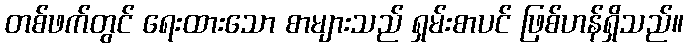
တစ်ဖက်တွင် ရေးထားသော စာများသည် ရှမ်းစာပင် ဖြစ်ဟန်ရှိသည်။